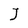
Character: J